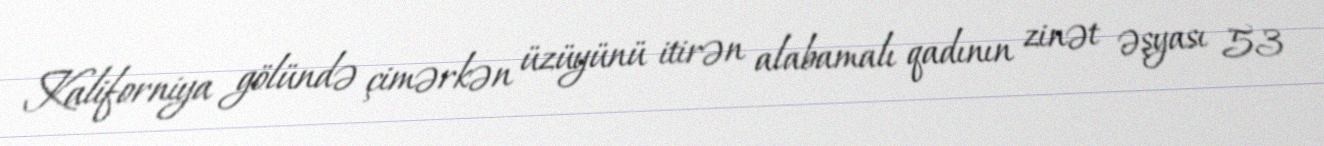
Kaliforniya gölündə çimərkən üzüyünü itirən alabamalı qadının zinət əşyası 53